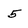
Character: 5